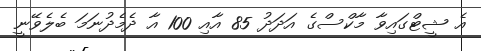
އެ ޝީޓްގައިވާ މާކްސްގެ އަދަދު 85 އާއި 100 އާ ދެމެދުނަމަ ބެލެވޭނީ